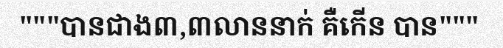
"""បានជាង៣,៣លាននាក់ គឺកើន បាន"""